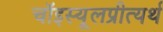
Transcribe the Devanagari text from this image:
चॉइस्यूलप्रीत्यर्थ